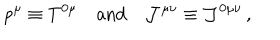
p ^ { \mu } \equiv T ^ { 0 \mu } \quad \mathrm { a n d } \quad { \cal J } ^ { \mu \nu } \equiv { \cal J } ^ { 0 \mu \nu } \, ,